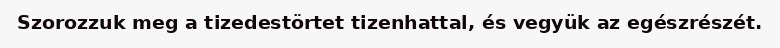
Szorozzuk meg a tizedestörtet tizenhattal, és vegyük az egészrészét.